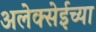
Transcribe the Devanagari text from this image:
अलेक्सेईच्या